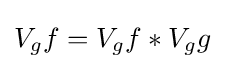
V_{g}f=V_{g}f*V_{g}g